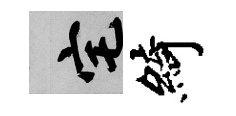
宅綺